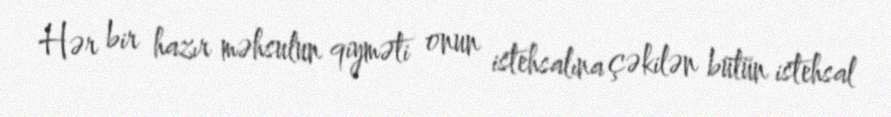
Hər bir hazır məhsulun qiyməti onun istehsalına çəkilən bütün istehsal